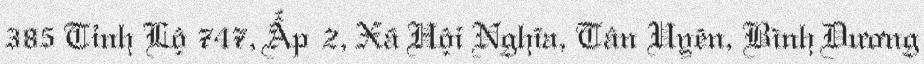
385 Tỉnh Lộ 747, Ấp 2, Xã Hội Nghĩa, Tân Uyên, Bình Dương